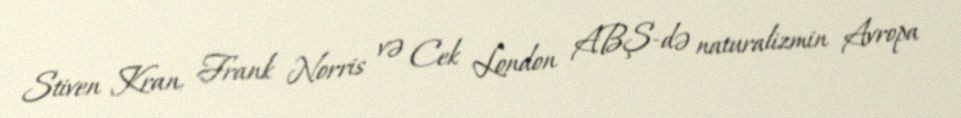
Stiven Kran, Frank Norris və Cek London ABŞ-də naturalizmin Avropa